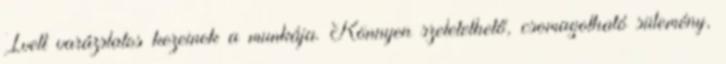
Ivett varázslatos kezeinek a munkája. Könnyen szeletelhető, csomagolható sütemény,